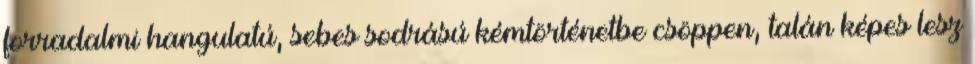
forradalmi hangulatú, sebes sodrású kémtörténetbe csöppen, talán képes lesz